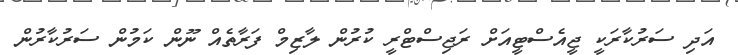
އަދި ސަރުކާރަކީ ޖީއެސްޓީއަށް ރަޖިސްޓްރީ ކުރުން ލާޒިމް ފަރާތެއް ނޫން ކަމުން ސަރުކާރުން